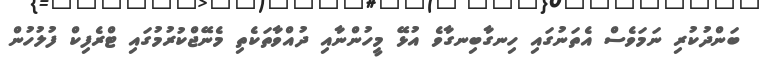
ބަންދުކުރި ނަމަވެސް އެތަނުގައި ހިނގާބިނގާވެ އުޅޭ މީހުންނާއި ދުއްވާތަކެތި މެނޭޖްކުރުމުގައި ޓްރެފިކް ފުލުހުން